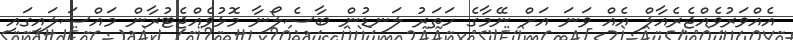
އެއްވަރުވެއްޖެރެއާލް އެއް ވަނަ އަށް ނޭމާގެ ހަތަރު ލަނޑުން ބާސެލޯނާ މޮޅުވެއްޖެޓުރާން މައްސަލައިގައި